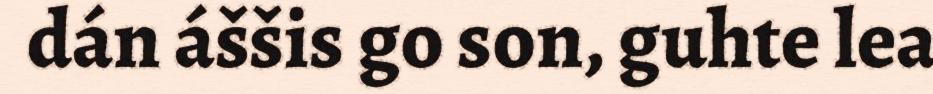
dán áššis go son, guhte lea